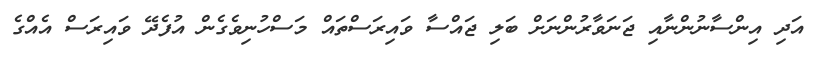
އަދި އިންސާނުންނާއި ޖަނަވާރުންނަށް ބަލި ޖައްސާ ވައިރަސްތައް މަސްހުނިވެގެން އުފެދޭ ވައިރަސް އެއްގެ